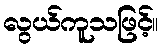
လွယ်ကူသဖြင့်။